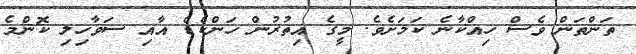
ތަންތަން ވެސް ހިއްކާނެ ކަމަށެވެ. މީގެ އިތުރުން ހަންކެޑެ އާއި ސަވާހިލި ކޮންމެ